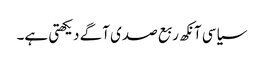
سیاسی آنکھ ربع صدی آگے دیکھتی ہے۔